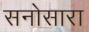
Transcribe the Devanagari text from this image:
सनोसारा